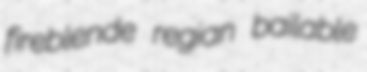
fireblende regian bailable